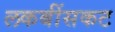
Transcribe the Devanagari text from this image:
लकबींसकट